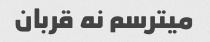
میترسم نه قربان